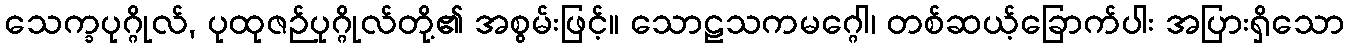
သေက္ခပုဂ္ဂိုလ်, ပုထုဇဉ်ပုဂ္ဂိုလ်တို့၏ အစွမ်းဖြင့်။ သောဠသကမဂ္ဂေါ၊ တစ်ဆယ့်ခြောက်ပါး အပြားရှိသော